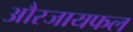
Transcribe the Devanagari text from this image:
औरजायफल